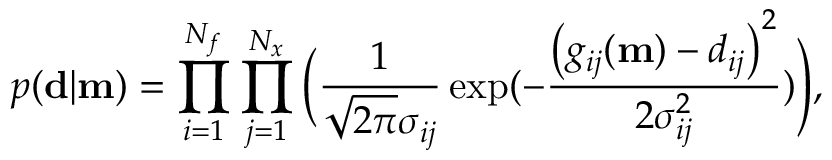
p ( \mathbf { d } | \mathbf { m } ) = \prod _ { i = 1 } ^ { N _ { f } } \prod _ { j = 1 } ^ { N _ { x } } \bigg ( \frac { 1 } { \sqrt { 2 \pi } \sigma _ { i j } } \exp ( - \frac { \big ( g _ { i j } ( \mathbf { m } ) - d _ { i j } \big ) ^ { 2 } } { 2 \sigma _ { i j } ^ { 2 } } ) \Bigg ) ,